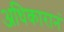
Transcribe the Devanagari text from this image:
अधिकारानं